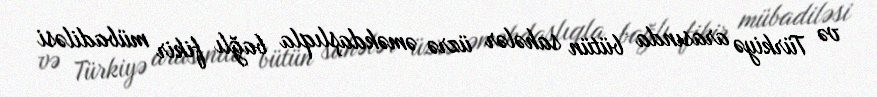
və Türkiyə arasında bütün sahələr üzrə əməkdaşlıqla bağlı fikir mübadiləsi